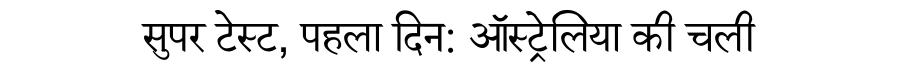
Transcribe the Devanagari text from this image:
सुपर टेस्ट, पहला दिन: ऑस्ट्रेलिया की चली